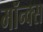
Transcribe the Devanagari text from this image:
मॉन्क्स